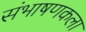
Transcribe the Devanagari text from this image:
संभाषणकला